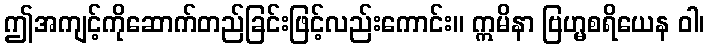
ဤအကျင့်ကိုဆောက်တည်ခြင်းဖြင့်လည်းကောင်း။ ဣမိနာ ဗြဟ္မစရိယေန ဝါ၊